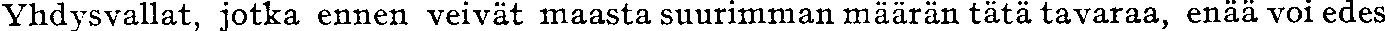
Yhdysvallat, jotka ennen veivät maasta suurimman määrän tätä tavaraa, enää voi edes